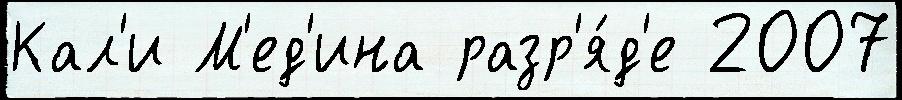
Кал'и М'ед'ина разр'я́д'е 2007